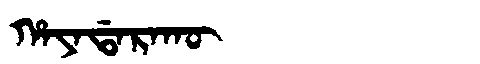
Manchu: ᡥᠠᠶᠠᡩᠠᡵᠠᡴᡡ
Romanization: HAYADARAKŪ